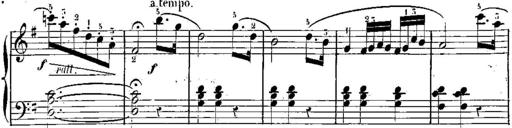
Title: 3 Piano Sonatines
Composer: Jacques-Louis Battmann
Key: C major
 G major
 F major